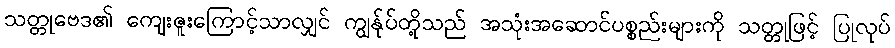
သတ္တုဗေဒ၏ ကျေးဇူးကြောင့်သာလျှင် ကျွန်ုပ်တို့သည် အသုံးအဆောင်ပစ္စည်းများကို သတ္တုဖြင့် ပြုလုပ်